Calcutta medical institutions reports 1879-81 [i.e.91]
Year: 1879
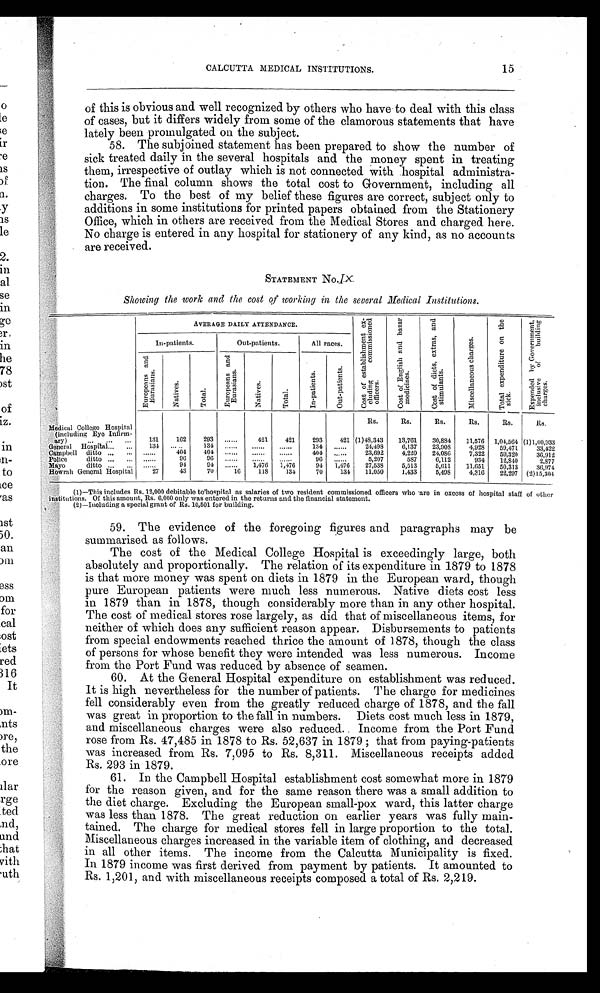
CALCUTTA MEDICAL INSTITUTIONS.
15
of this is obvious and well recognized by others who have to deal with this class
of cases, but it differs widely from some of the clamorous statements that have
lately been promulgated on the subject.
58. The subjoined statement has been prepared to show the number of
sick treated daily in the several hospitals and the money spent in treating
them, irrespective of outlay which is not connected with hospital administra-
tion. The final column shows the total cost to Government, including all
charges. To the best of my belief these figures are correct, subject only to
additions in some institutions for printed papers obtained from the Stationery
Office, which in others are received from the Medical Stores and charged here.
No charge is entered in any hospital for stationery of any kind, as no accounts
are received.
STATEMENT NO. IX
Showing the work and the cost of working in the several Medical Institutions.
AVERAGE DAILY ATTENDANCE.
C o s t o f
e s t a b l i s h m e n t e x - c l u d i n g c o m m i s s i o n e d o f f i c e r s .
,
C o s t o f E n g l i s h a n d b a z a r
m e d i c i n e s .
C o s t o f d i e t s , e x t r a s , a n d s t i m u l a n t s .
0 '
M i s c e l l a n e o u s c h a r g e s .
T o t a l e x p e n d i t u r e o n t h e
s i c k .
E x p e n d e d b y G o v e r n m e n t ,
i n c l u s i v e o f b u i l d i n g
c h a r g e s .
In-patients.
Out-patients.
All races.
E u r o p e a n s a n d
E u r a s i a n s .
N a t i v e s .
T o t a l .
E u r o p e a n s a n d
E u r a s i a n s .
N a t i v e s .
T o t a l .
I n - p a t i e n t s .
O u t - p a t i e n t s .
Rs.
Rs.
Rs.
Rs.
Rs.
Rs.
Medical College Hospital
(including Eye Infirm-
ary )
131
162
293
....
421
421
293
421 (1)48,343
13,761
30,884
11,576
1,04,564 (1)1,00,933
General
Hospital...
...
1 3 4 ...... . .
134
......
134 ......
2 4 , 4 9 8
6,137
23,908
4,928
59,471
3 3 , 4 2 2
Campbell
ditto
•••
......
404
404
404
......
23,692
4,210
24,086
7,322
59,320
36,912
-
Police
ditto ...
...
......
93
96
96
5,207
587
6,112
934
12,840
2,877
Mayo
ditto
...
......
94
91
......
1,476
1,476
94
1,476
27,538
5,513
5,611
11,651
50,313
36,974
Hospital
Howrah General Hospital
27
43
70
16
118
134
70
1 3 4
11,050
1,433
5,498
4,316
22,297 (2)15,304
(1)—This includes Rs. 12,000 debitable to'hospital as salaries of two resident commissioned officers who are in excess of hospital staff of other
institutions. Of this amount, Rs. 6,000 only was entered in the returns and the financial statement.
(2)—Including a special grant of Rs. 10,501 for building.
59. The evidence of the foregoing figures and paragraphs may be
summarised as follows.
The cost of the Medical College Hospital is exceedingly large, both
absolutely and proportionally. The relation of its expenditure in 1879 to 1878
is that more money was spent on diets in 1879 in the European ward, though
pure European patients were much less numerous. Native diets cost less
in 1879 than in 1878, though considerably more than in any other hospital.
The cost of medical stores rose largely, as did that of miscellaneous items, for
neither of which does any sufficient reason appear. Disbursements to patients
from special endowments reached thrice the amount of 1878, though the class
of persons for whose benefit they were intended was less numerous. Income
from the Port Fund was reduced by absence of seamen.
60. At the General Hospital expenditure on establishment was reduced.
It is high nevertheless for the number of patients. The charge for medicines
fell considerably even from the greatly reduced charge of 1878, and the fall
was great in proportion to the fall in numbers. Diets cost much less in 1879,
and miscellaneous charges were also reduced. Income from the Port Fund
rose from Rs. 47,485 in 1878 to Rs. 52,637 in 1879; that from paying-patients
was increased from Rs. 7,095 to Rs. 8,311. Miscellaneous receipts added
Rs. 293 in 1879.
61. In the Campbell Hospital establishment cost somewhat more in 1879
for the reason given, and for the same reason there was a small addition to
the diet charge. Excluding the European small-pox ward, this latter charge
was less than 1878. The great reduction on earlier years was fully main-
tained. The charge for medical stores fell in large proportion to the total.
Miscellaneous charges increased in the variable item of clothing, and decreased
in all other items. The income from the Calcutta Municipality is fixed.
In 1879 income was first derived from payment by patients. It amounted to
Rs. 1,201, and with miscellaneous receipts composed a total of Rs. 2,219.